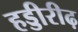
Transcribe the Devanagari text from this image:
हड्डीरीढ़